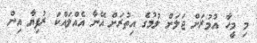
މި މީހާ އުމުރަށް ޖަލަށް ލުމުގެ އިތުރަށް އޭނާ އެއްލައްކަ ރުފިޔާ އިން